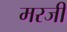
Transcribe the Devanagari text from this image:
मरजी